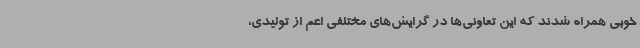
خوبی همراه شدند که این تعاونی‌ها در گرایش‌های‌ مختلفی اعم از تولیدی،